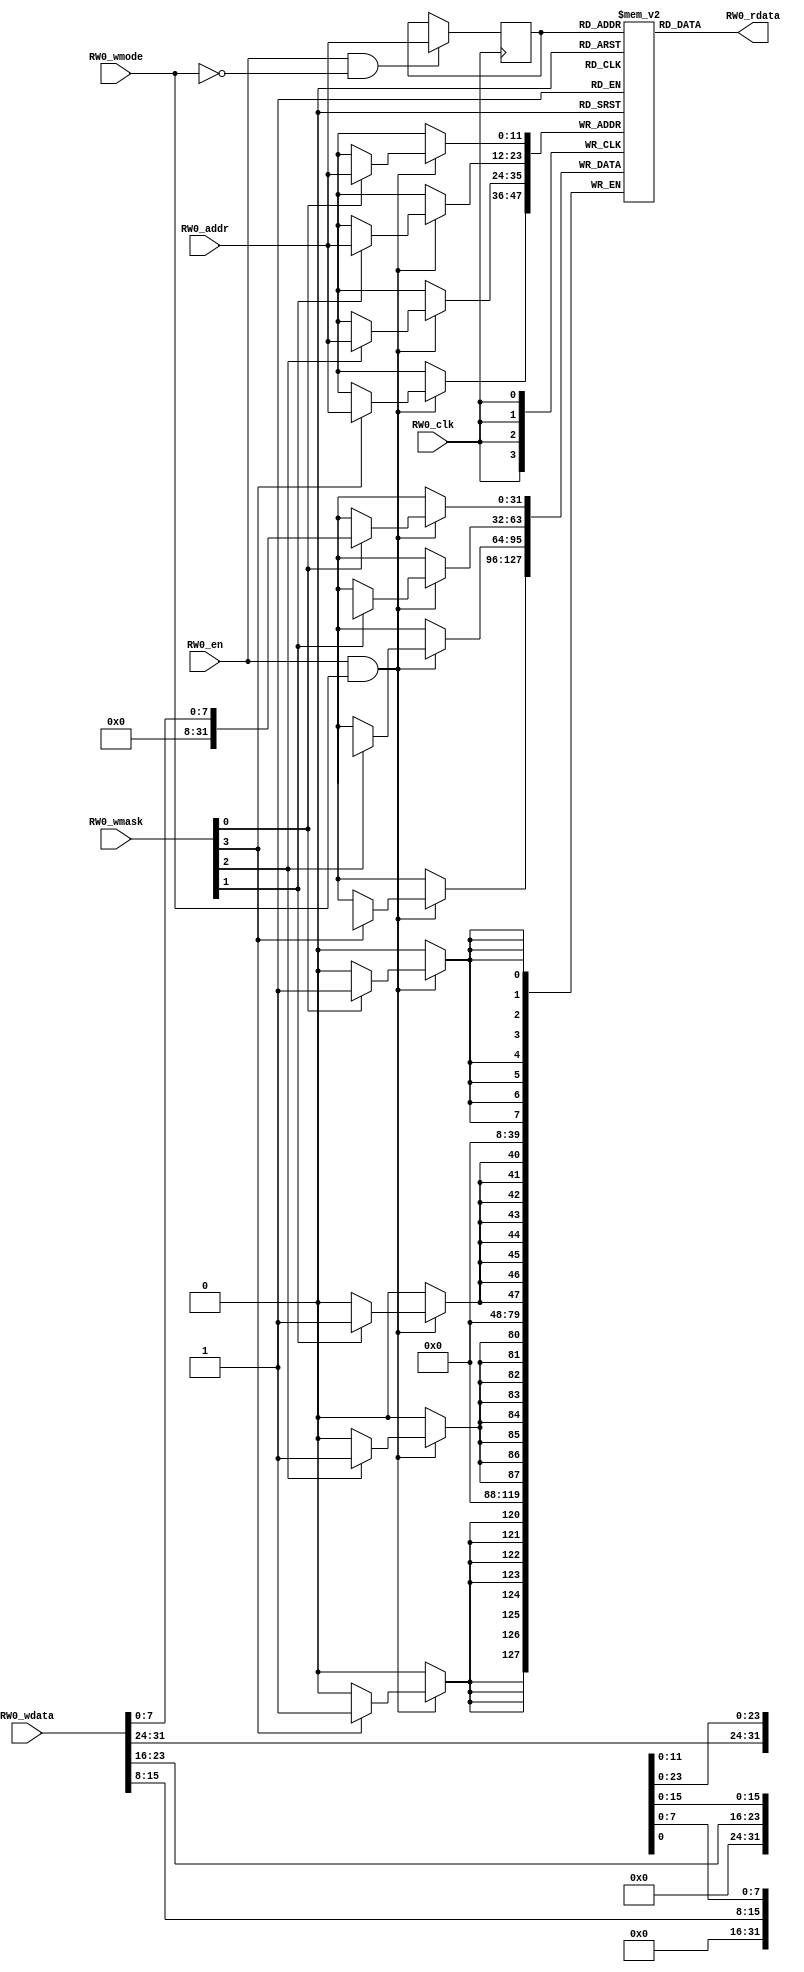

module data_arrays_0_ext(
  input RW0_clk,
  input [11:0] RW0_addr,
  input RW0_en,
  input RW0_wmode,
  input [3:0] RW0_wmask,
  input [31:0] RW0_wdata,
  output [31:0] RW0_rdata
);

  reg [11:0] reg_RW0_addr;
  reg [31:0] ram [4095:0];
  `ifdef RANDOMIZE_MEM_INIT
    integer initvar;
    initial begin
      #0.002 begin end
      for (initvar = 0; initvar < 4096; initvar = initvar+1)
        ram[initvar] = {1 {$random}};
      reg_RW0_addr = {1 {$random}};
    end
  `endif
  integer i;
  always @(posedge RW0_clk)
    if (RW0_en && !RW0_wmode) reg_RW0_addr <= RW0_addr;
  always @(posedge RW0_clk)
    if (RW0_en && RW0_wmode) begin
      if (RW0_wmask[0]) ram[RW0_addr][7:0] <= RW0_wdata[7:0];
      if (RW0_wmask[1]) ram[RW0_addr][15:8] <= RW0_wdata[15:8];
      if (RW0_wmask[2]) ram[RW0_addr][23:16] <= RW0_wdata[23:16];
      if (RW0_wmask[3]) ram[RW0_addr][31:24] <= RW0_wdata[31:24];
    end
  assign RW0_rdata = ram[reg_RW0_addr];

endmodule

module tag_array_ext(
  input RW0_clk,
  input [5:0] RW0_addr,
  input RW0_en,
  input RW0_wmode,
  input [0:0] RW0_wmask,
  input [20:0] RW0_wdata,
  output [20:0] RW0_rdata
);

  reg [5:0] reg_RW0_addr;
  reg [20:0] ram [63:0];
  `ifdef RANDOMIZE_MEM_INIT
    integer initvar;
    initial begin
      #0.002 begin end
      for (initvar = 0; initvar < 64; initvar = initvar+1)
        ram[initvar] = {1 {$random}};
      reg_RW0_addr = {1 {$random}};
    end
  `endif
  integer i;
  always @(posedge RW0_clk)
    if (RW0_en && !RW0_wmode) reg_RW0_addr <= RW0_addr;
  always @(posedge RW0_clk)
    if (RW0_en && RW0_wmode) begin
      if (RW0_wmask[0]) ram[RW0_addr][20:0] <= RW0_wdata[20:0];
    end
  assign RW0_rdata = ram[reg_RW0_addr];

endmodule

module data_arrays_0_0_ext(
  input RW0_clk,
  input [9:0] RW0_addr,
  input RW0_en,
  input RW0_wmode,
  input [0:0] RW0_wmask,
  input [31:0] RW0_wdata,
  output [31:0] RW0_rdata
);

  reg [9:0] reg_RW0_addr;
  reg [31:0] ram [1023:0];
  `ifdef RANDOMIZE_MEM_INIT
    integer initvar;
    initial begin
      #0.002 begin end
      for (initvar = 0; initvar < 1024; initvar = initvar+1)
        ram[initvar] = {1 {$random}};
      reg_RW0_addr = {1 {$random}};
    end
  `endif
  integer i;
  always @(posedge RW0_clk)
    if (RW0_en && !RW0_wmode) reg_RW0_addr <= RW0_addr;
  always @(posedge RW0_clk)
    if (RW0_en && RW0_wmode) begin
      if (RW0_wmask[0]) ram[RW0_addr][31:0] <= RW0_wdata[31:0];
    end
  assign RW0_rdata = ram[reg_RW0_addr];

endmodule

module mem_ext(
  input W0_clk,
  input [8:0] W0_addr,
  input W0_en,
  input [63:0] W0_data,
  input [7:0] W0_mask,
  input R0_clk,
  input [8:0] R0_addr,
  input R0_en,
  output [63:0] R0_data
);

  reg [8:0] reg_R0_addr;
  reg [63:0] ram [511:0];
  `ifdef RANDOMIZE_MEM_INIT
    integer initvar;
    initial begin
      #0.002 begin end
      for (initvar = 0; initvar < 512; initvar = initvar+1)
        ram[initvar] = {2 {$random}};
      reg_R0_addr = {1 {$random}};
    end
  `endif
  integer i;
  always @(posedge R0_clk)
    if (R0_en) reg_R0_addr <= R0_addr;
  always @(posedge W0_clk)
    if (W0_en) begin
      if (W0_mask[0]) ram[W0_addr][7:0] <= W0_data[7:0];
      if (W0_mask[1]) ram[W0_addr][15:8] <= W0_data[15:8];
      if (W0_mask[2]) ram[W0_addr][23:16] <= W0_data[23:16];
      if (W0_mask[3]) ram[W0_addr][31:24] <= W0_data[31:24];
      if (W0_mask[4]) ram[W0_addr][39:32] <= W0_data[39:32];
      if (W0_mask[5]) ram[W0_addr][47:40] <= W0_data[47:40];
      if (W0_mask[6]) ram[W0_addr][55:48] <= W0_data[55:48];
      if (W0_mask[7]) ram[W0_addr][63:56] <= W0_data[63:56];
    end
  assign R0_data = ram[reg_R0_addr];

endmodule